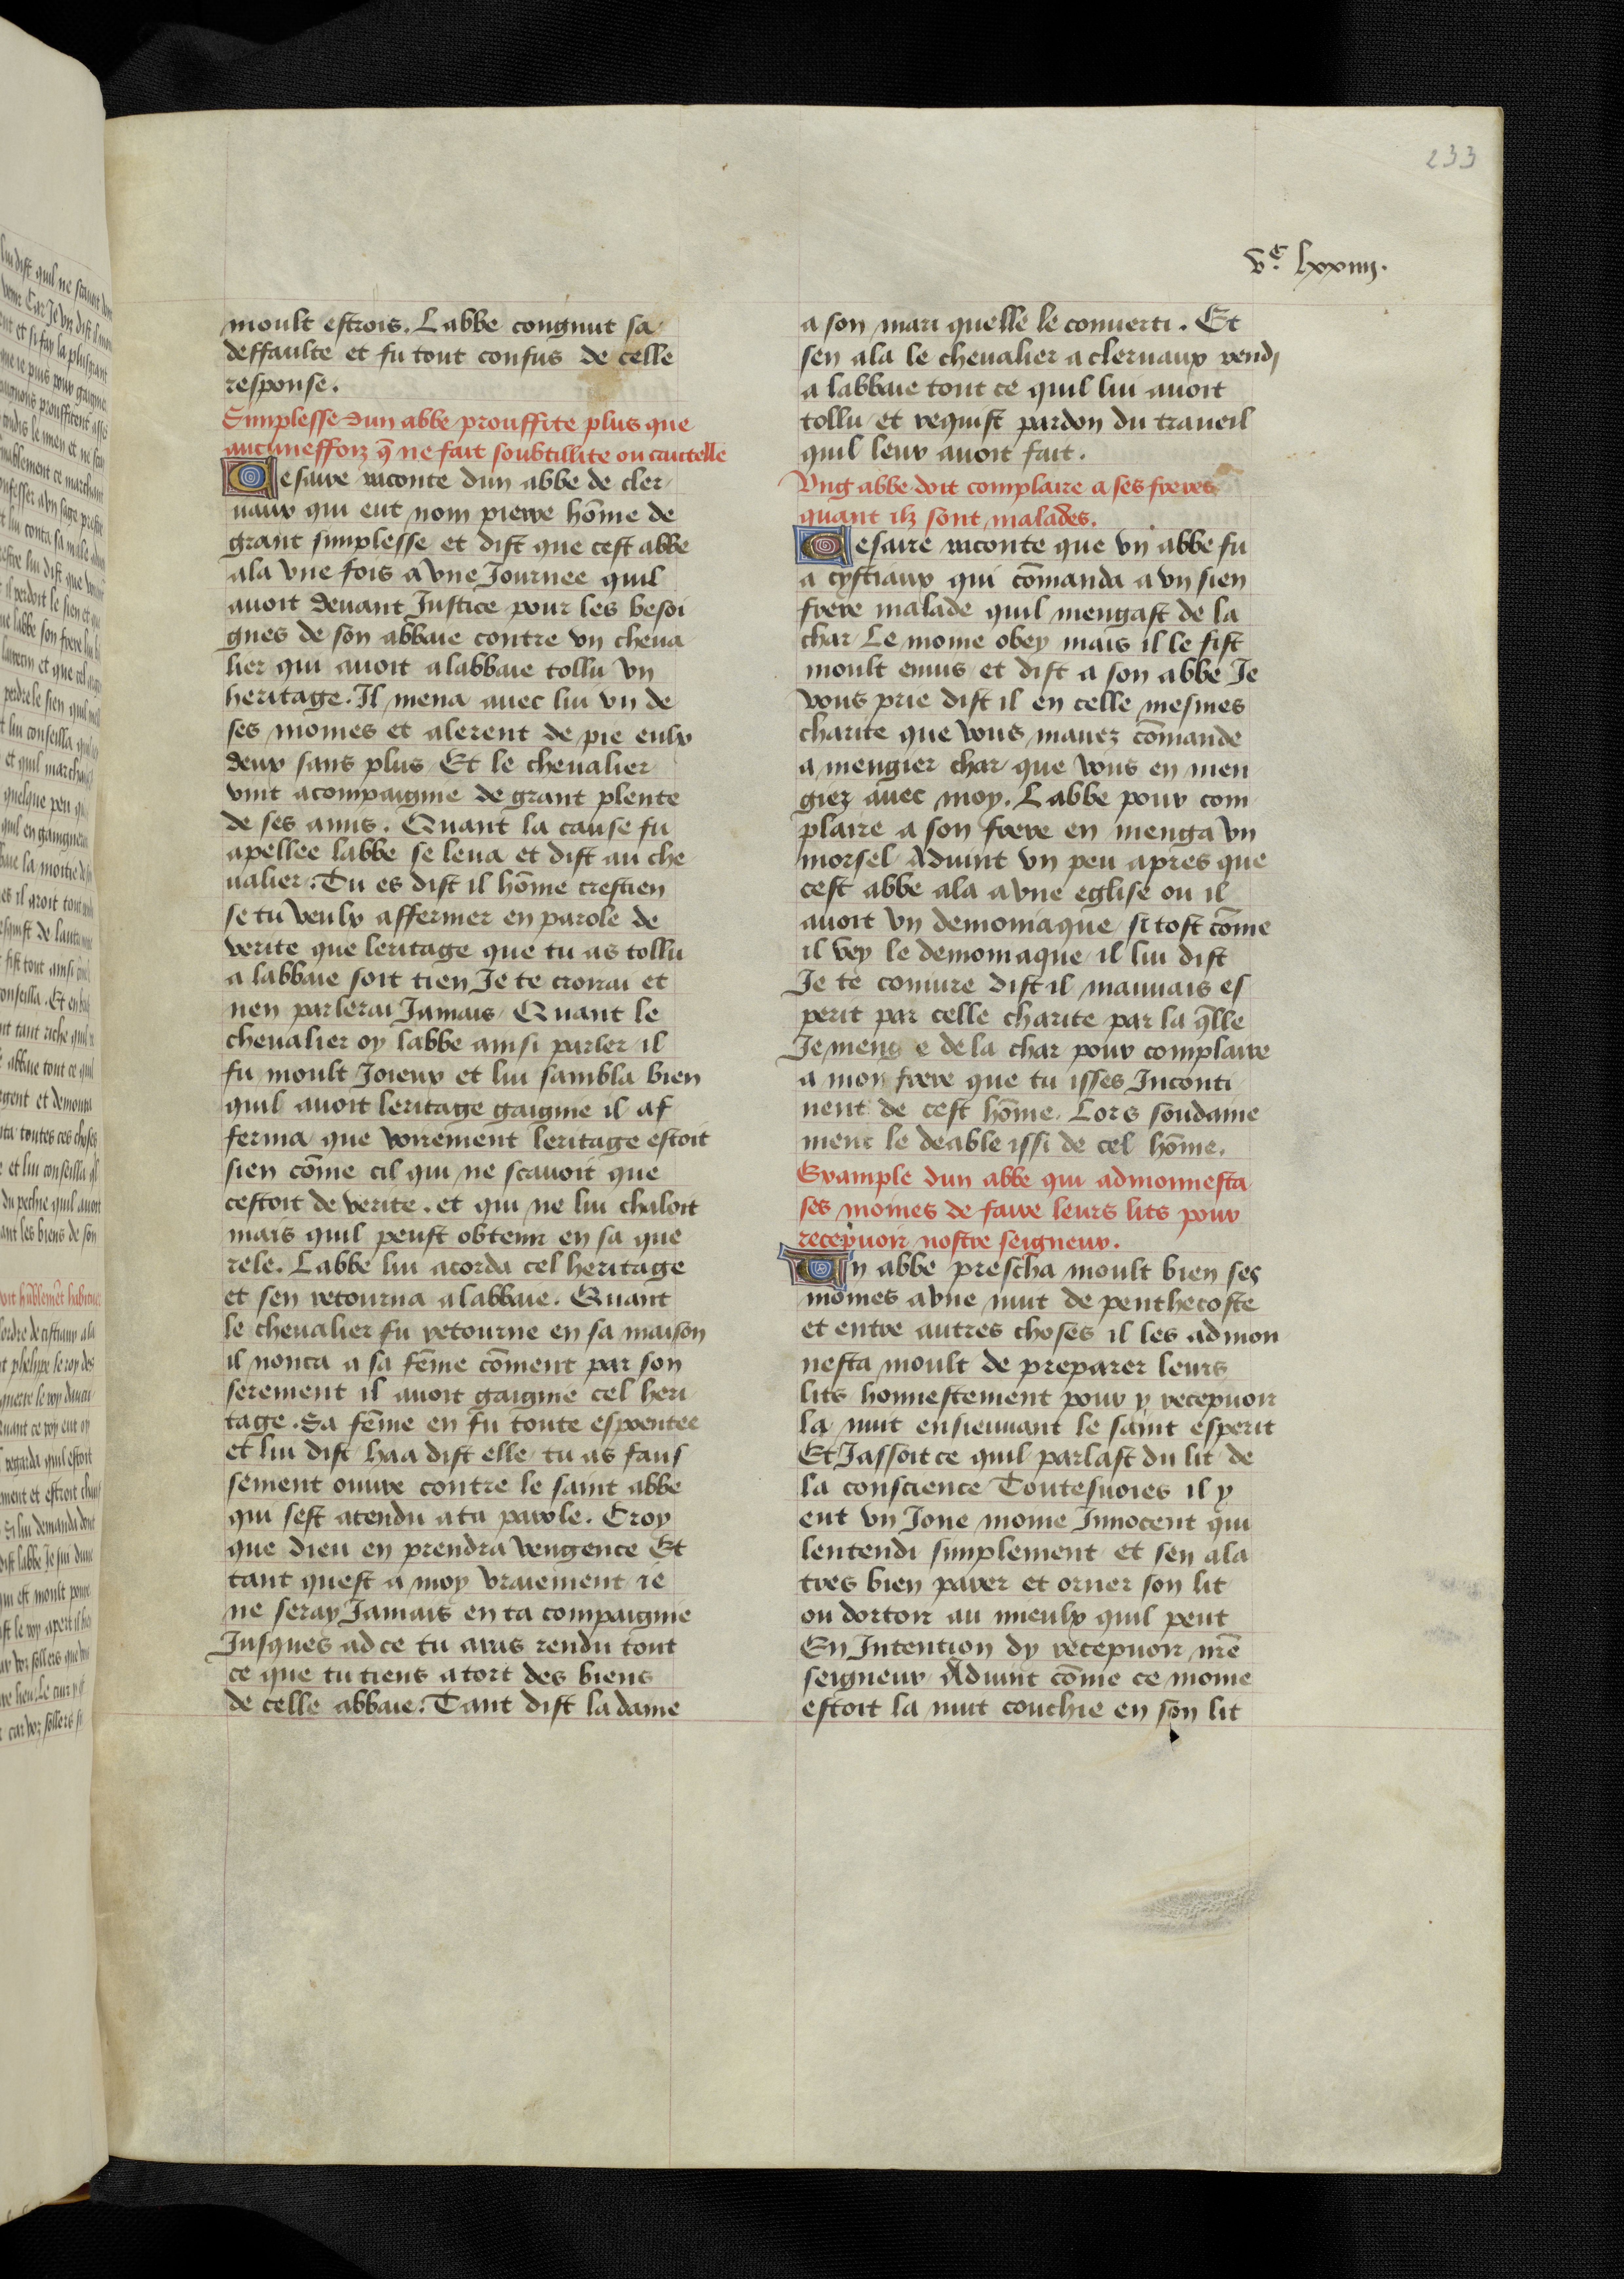
Shelfmark: Bruxelles, KBR, ms. 9232
Century: 15